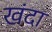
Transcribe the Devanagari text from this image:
खंदा